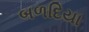
બળદિયા